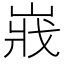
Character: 𡸤